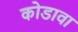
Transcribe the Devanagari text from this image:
कोडावा